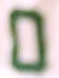
0